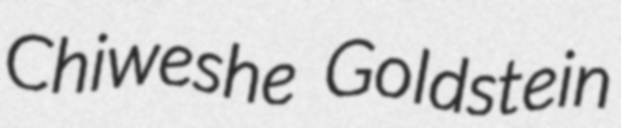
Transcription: Chiweshe Goldstein